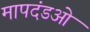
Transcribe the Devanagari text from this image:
मापदंडओ